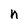
Character: n